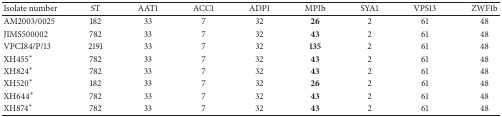
<table><thead><tr><td><b>Isolate number</b></td><td><b>ST</b></td><td><b>AAT1</b></td><td><b>ACC1</b></td><td><b>ADP1</b></td><td><b>MPIb</b></td><td><b>SYA1</b></td><td><b>VPS13</b></td><td><b>ZWF1b</b></td></tr></thead><tbody><tr><td>AM2003/0025</td><td>182</td><td>33</td><td>7</td><td>32</td><td><b>26</b></td><td>2</td><td>61</td><td>48</td></tr><tr><td>JIMS500002</td><td>782</td><td>33</td><td>7</td><td>32</td><td><b>43</b></td><td>2</td><td>61</td><td>48</td></tr><tr><td>VPCI84/P/13</td><td>2191</td><td>33</td><td>7</td><td>32</td><td><b>135</b></td><td>2</td><td>61</td><td>48</td></tr><tr><td>XH455<sup><i>∗</i></sup></td><td>782</td><td>33</td><td>7</td><td>32</td><td><b>43</b></td><td>2</td><td>61</td><td>48</td></tr><tr><td>XH824<sup><i>∗</i></sup></td><td>782</td><td>33</td><td>7</td><td>32</td><td><b>43</b></td><td>2</td><td>61</td><td>48</td></tr><tr><td>XH520<sup><i>∗</i></sup></td><td>182</td><td>33</td><td>7</td><td>32</td><td><b>26</b></td><td>2</td><td>61</td><td>48</td></tr><tr><td>XH644<sup><i>∗</i></sup></td><td>782</td><td>33</td><td>7</td><td>32</td><td><b>43</b></td><td>2</td><td>61</td><td>48</td></tr><tr><td>XH874<sup><i>∗</i></sup></td><td>782</td><td>33</td><td>7</td><td>32</td><td><b>43</b></td><td>2</td><td>61</td><td>48</td></tr></tbody></table>